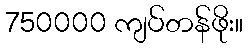
750000 ကျပ်တန်ဖိုး။